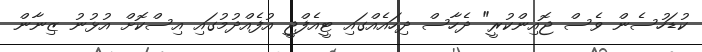
ކުޑަހުސެން ވެސް ޖޮއިންކުރީ" ދެހާސް ދިހައެއްގައި ޓީއެފްޖީ އުފެއްދުމުގައި އިސްކޮށް އުޅުނު ޒިނާން